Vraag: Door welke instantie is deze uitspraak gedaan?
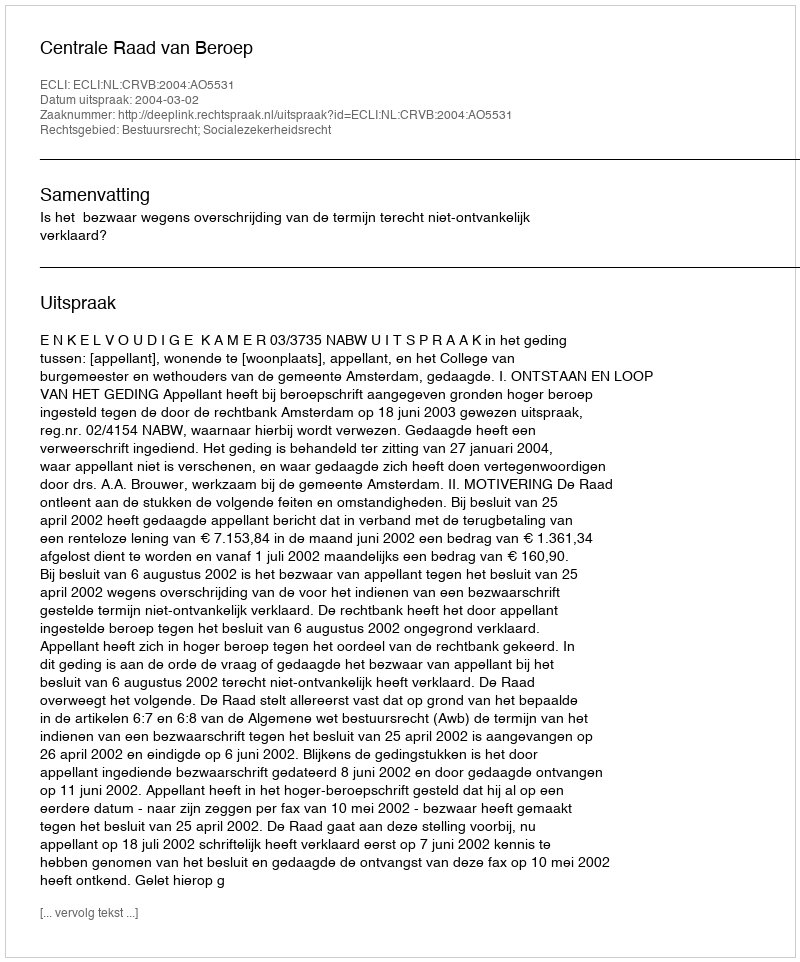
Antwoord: Centrale Raad van Beroep